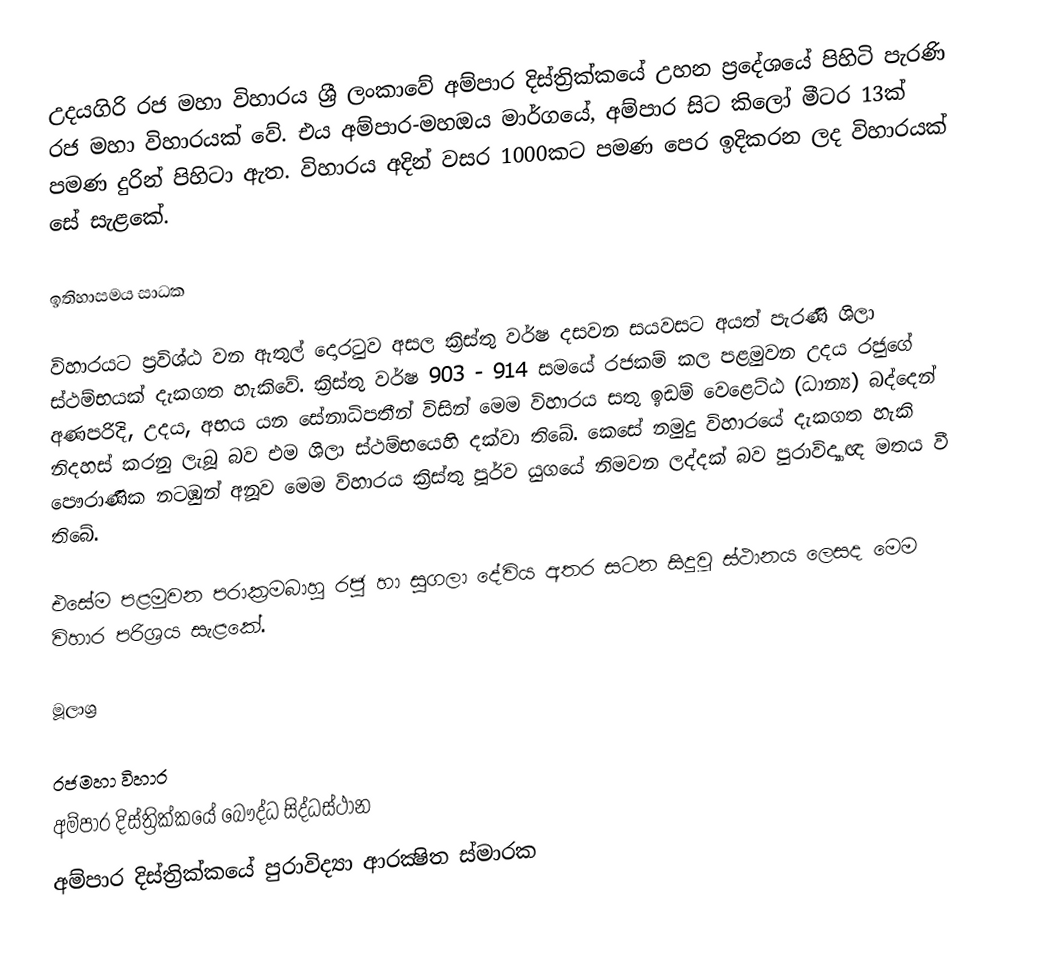
උදයගිරි රජ මහා විහාරය ශ්‍රී ලංකාවේ අම්පාර දිස්ත්‍රික්කයේ උහන ප්‍රදේශයේ පිහිටි පැරණි රජ මහා විහාරයක් වේ. එය අම්පාර-මහඔය මාර්ගයේ, අම්පාර සිට කිලෝ මීටර 13ක් පමණ දුරින් පිහිටා ඇත. විහාරය අදින් වසර 1000කට පමණ පෙර ඉදිකරන ලද විහාරයක් සේ සැළකේ.

ඉතිහාසමය සාධක

විහාරයට ප්‍රවිශ්ඨ වන ඇතුල් දොරටුව අසල ක්‍රිස්තු වර්ෂ දසවන සයවසට අයත් පැරණි ශිලා ස්ථම්භයක් දැකගත හැකිවේ. ක්‍රිස්තු වර්ෂ 903 - 914 සමයේ රජකම් කල පළමුවන උදය රජුගේ අණපරිදි, උදය, අභය යන සේනාධිපතීන් විසින් මෙම විහාරය සතු ඉඩම් වෙළෙට්ඨ (ධාන්‍ය) බද්දෙන් නිදහස් කරනු ලැබූ බව එම ශිලා ස්ථම්භයෙහි දක්වා තිබේ. කෙසේ නමුදු විහාරයේ දැකගත හැකි පෞරාණික නටඹුන් අනූව මෙම විහාරය ක්‍රිස්තු පූර්ව යුගයේ නිමවන ලද්දක් බව පුරාවිද්‍යාඥ මතය වී තිබේ.

එසේම පළමුවන පරාක්‍රමබාහු රජු හා සුගලා දේවිය අතර සටන සිදුවූ ස්ථානය ලෙසද මෙම විහාර පරිශ්‍රය සැළකේ.

මූලාශ්‍ර

රජමහා විහාර
අම්පාර දිස්ත්‍රික්කයේ බෞද්ධ සිද්ධස්ථාන
අම්පාර දිස්ත්‍රික්කයේ පුරාවිද්‍යා ආරක්‍ෂිත ස්මාරක